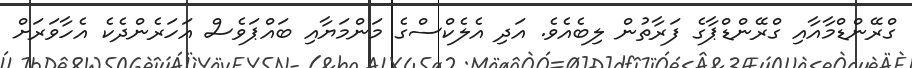
ގްރޭންޑްމާއާއި ގްރޭންޑްޕާގެ ފަރާތުން ލިބެއެވެ. އަދި އެލެކްސްގެ މަންމަޔާއި ބައްޕަވެސް އަހަރެންދެކެ އެހާވަރަށް